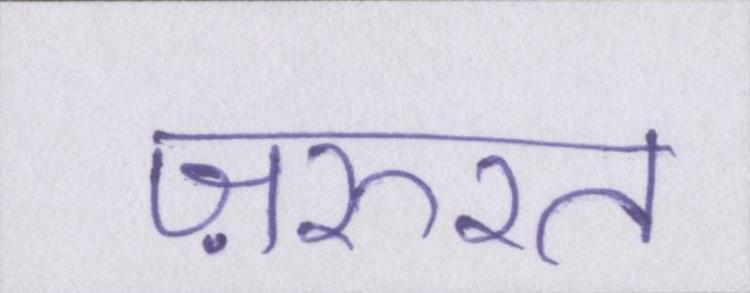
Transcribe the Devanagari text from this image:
ज़रुरत